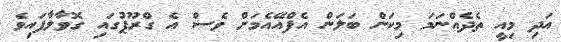
އަދި މިއީ ތެދެއްނަމަ މިކަން ބަލަން އެފްއޭއެމަށް ވެސް އެ ގްރޫޕުގައި ގޮވާލާފައިވެ